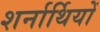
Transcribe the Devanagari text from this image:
शर्नार्थियों